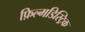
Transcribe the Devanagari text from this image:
फ़िल्मडिस्ट्रिक